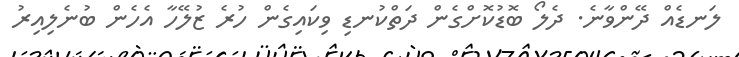
ލަނޑެއް ދޭންވާނެ. ދެލޯ ބޮޑުކޮށްގެން ދަތްކުނޑި ވިކައިގެން ހުރެ ޒުލޭހާ އެހެން ބުނެލިއިރު